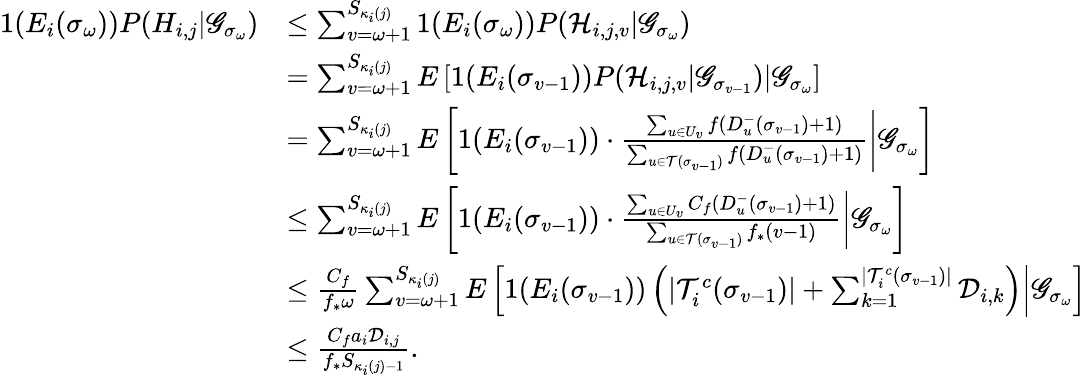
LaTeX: \begin{array}{rl}{1(E_{i}(\sigma_{\omega}))P(H_{i,j}|\mathscr{G}_{\sigma_{\omega}})}&{\leq\sum_{v=\omega+1}^{S_{\kappa_{i}(j)}}1(E_{i}(\sigma_{\omega}))P(\mathcal{H}_{i,j,v}|\mathscr{G}_{\sigma_{\omega}})}\\ &{=\sum_{v=\omega+1}^{S_{\kappa_{i}(j)}}E\left[\left.1(E_{i}(\sigma_{v-1}))P(\mathcal{H}_{i,j,v}|\mathscr{G}_{\sigma_{v-1}})\right|\mathscr{G}_{\sigma_{\omega}}\right]}\\ &{=\sum_{v=\omega+1}^{S_{\kappa_{i}(j)}}E\left[\left.1(E_{i}(\sigma_{v-1}))\cdot\frac{\sum_{u\in U_{v}}f(D_{u}^{-}(\sigma_{v-1})+1)}{\sum_{u\in\mathcal{T}(\sigma_{v-1})}f(D_{u}^{-}(\sigma_{v-1})+1)}\right|\mathscr{G}_{\sigma_{\omega}}\right]}\\ &{\leq\sum_{v=\omega+1}^{S_{\kappa_{i}(j)}}E\left[\left.1(E_{i}(\sigma_{v-1}))\cdot\frac{\sum_{u\in U_{v}}C_{f}(D_{u}^{-}(\sigma_{v-1})+1)}{\sum_{u\in\mathcal{T}(\sigma_{v-1})}f_{*}(v-1)}\right|\mathscr{G}_{\sigma_{\omega}}\right]}\\ &{\leq\frac{C_{f}}{f_{*}\omega}\sum_{v=\omega+1}^{S_{\kappa_{i}(j)}}E\left[\left.1(E_{i}(\sigma_{v-1}))\left(|\mathcal{T}_{i}^{c}(\sigma_{v-1})|+\sum_{k=1}^{|\mathcal{T}_{i}^{c}(\sigma_{v-1})|}\mathcal{D}_{i,k}\right)\right|\mathscr{G}_{\sigma_{\omega}}\right]}\\ &{\leq\frac{C_{f}a_{i}\mathcal{D}_{i,j}}{f_{*}S_{\kappa_{i}(j)-1}}.}\end{array}